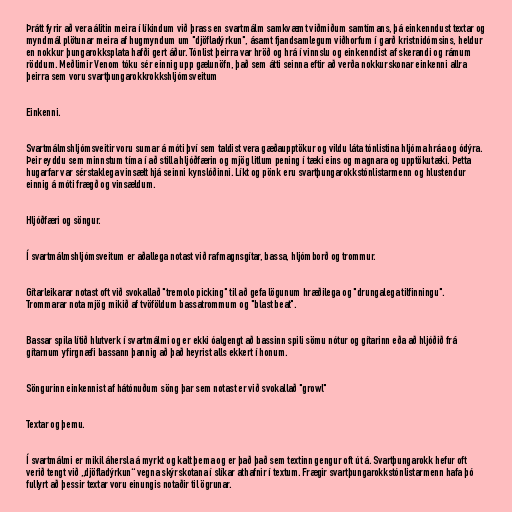
Þrátt fyrir að vera álitin meira í líkindum við þrass en svartmálm samkvæmt viðmiðum samtímans, þá einkenndust textar og
myndmál plötunar meira af hugmyndum um "djöfladýrkun", ásamt fjandsamlegum viðhorfum í garð kristnidómsins, heldur
en nokkur þungarokksplata hafði gert áður. Tónlist þeirra var hröð og hrá í vinnslu og einkenndist af skerandi og rámum
röddum. Meðlimir Venom tóku sér einnig upp gælunöfn, það sem átti seinna eftir að verða nokkurskonar einkenni allra
þeirra sem voru svartþungarokkrokkshljómsveitum

Einkenni.

Svartmálmshljómsveitir voru sumar á móti því sem taldist vera gæðaupptökur og vildu láta tónlistina hljóma hráa og ódýra.
Þeir eyddu sem minnstum tíma í að stilla hljóðfærin og mjög litlum pening í tæki eins og magnara og upptökutæki. Þetta
hugarfar var sérstaklega vinsælt hjá seinni kynslóðinni. Líkt og pönk eru svartþungarokkstónlistarmenn og hlustendur
einnig á móti frægð og vinsældum.

Hljóðfæri og söngur.

Í svartmálmshljómsveitum er aðallega notast við rafmagnsgítar, bassa, hljómborð og trommur.

Gítarleikarar notast oft við svokallað "tremolo picking" til að gefa lögunum hræðilega og "drungalega tilfinningu".
Trommarar nota mjög mikið af tvöföldum bassatrommum og "blast beat".

Bassar spila lítið hlutverk í svartmálmi og er ekki óalgengt að bassinn spili sömu nótur og gítarinn eða að hljóðið frá
gítarnum yfirgnæfi bassann þannig að það heyrist alls ekkert í honum.

Söngurinn einkennist af hátónuðum söng þar sem notast er við svokallað "growl"

Textar og þemu.

Í svartmálmi er mikil áhersla á myrkt og kalt þema og er það það sem textinn gengur oft út á. Svartþungarokk hefur oft
verið tengt við „djöfladýrkun“ vegna skýrskotana í slíkar athafnir í textum. Frægir svartþungarokkstónlistarmenn hafa þó
fullyrt að þessir textar voru einungis notaðir til ögrunar.